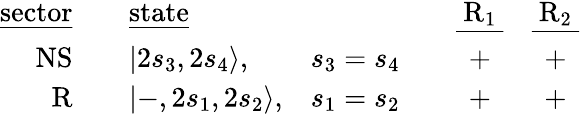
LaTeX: \begin{array}{rclcccc}{{\mathrm{\underline{{{sector}}}}}}&{{{}}}&{{\mathrm{\underline{{{state}}}}}}&{{{}}}&{{{}}}&{{\mathrm{\underline{{{~R_{1}~}}}}}}&{{\mathrm{\underline{{{~R_{2}~}}}}}}\\ {{\mathrm{NS}}}&{{{}}}&{{|2s_{3},2s_{4}\rangle,}}&{{s_{3}=s_{4}}}&{{{}}}&{{+}}&{{+}}\\ {{\mathrm{R}}}&{{{}}}&{{|-,2s_{1},2s_{2}\rangle,}}&{{s_{1}=s_{2}}}&{{{}}}&{{+}}&{{+}}\end{array}